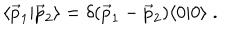
\langle { \vec { p } } _ { 1 } | { \vec { p } } _ { 2 } \rangle = \delta ( { \vec { p } } _ { 1 } - { \vec { p } } _ { 2 } ) \langle 0 | 0 \rangle \; .